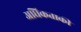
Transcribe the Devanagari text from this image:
अधिकताकी